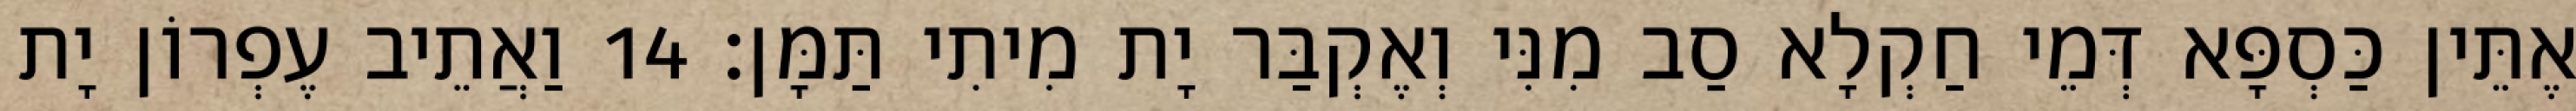
אֶתֵּין כַּסְפָּא דְּמֵי חַקְלָא סַב מִנִּי וְאֶקְבַּר יָת מִיתִי תַּמָּן׃ 14 וַאֲתֵיב עֶפְרוֹן יָת